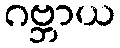
ဂဗ္ဘာယ